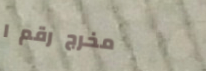
مخرج رقم ١